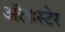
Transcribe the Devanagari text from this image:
अॅलास्टेर